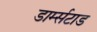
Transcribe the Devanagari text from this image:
डार्म्सटाड